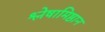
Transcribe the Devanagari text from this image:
श्लेषामिष्ठान